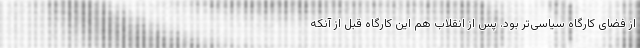
از فضای کارگاه سیاسی‌تر بود. پس از انقلاب هم این کارگاه قبل از آنکه